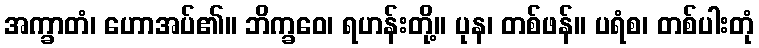
အက္ခာတံ၊ ဟောအပ်၏။ ဘိက္ခဝေ၊ ရဟန်းတို့။ ပုန၊ တစ်ဖန်။ ပရံစ၊ တစ်ပါးတုံ